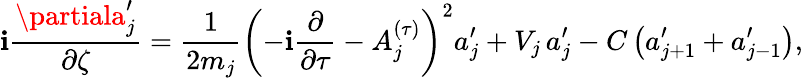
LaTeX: \mathbf{i}\frac{{\partiala_{j}^{\prime}}}{{\partial\zeta}}=\frac{{1}}{{2m_{j}}}\left(-\mathbf{i}\frac{{\partial}}{{\partial\tau}}-A_{j}^{(\tau)}\right)^{2}a_{j}^{\prime}+V_{j}\, a_{j}^{\prime}-C\left(a_{j+1}^{\prime}+a_{j-1}^{\prime}\right),